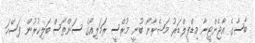
ބާސާގެ އާޖެންޓީނާ މިޑްފީލްޑަރު މަޝެރާނޯ ބުނީ މުރްސީ ރަމަލިއޯގެ ސަންތޯސް ބަލިކުރުން ފަސޭހަ